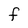
Character: F